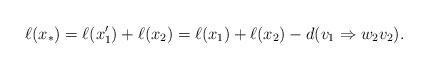
LaTeX: \begin{align*}\ell(x_\ast) = \ell(x_1') + \ell(x_2) = \ell(x_1) + \ell(x_2) - d(v_1\Rightarrow w_2 v_2).\end{align*}